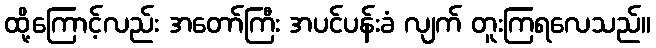
ထို့ကြောင့်လည်း အတော်ကြီး အပင်ပန်းခံ လျက် တူးကြရလေသည်။